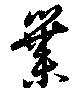
葉